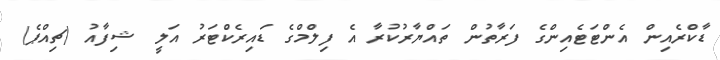
ޑާކްރެެއިން އެންޓަޓެއިންގެ ފަރާތުން ތައްޔާރުކުރާ އެ ފިލްމްގެ ޑައިރެކްޓަރު އަލީ ޝިފާއު (ޗިއްޕެ)